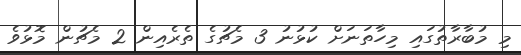
މި މުބާރާތުގައި މިހާތަނަށް ކުޅުނު 3 މެޗުގެ ތެރެއިން 2 މެޗުން މޮޅުވެ